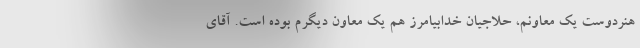
هنردوست یک معاونم، حلاجیان خدابیامرز هم یک معاون دیگرم بوده است. آقای